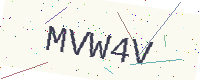
Text: MVW4V